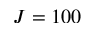
J = 1 0 0